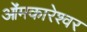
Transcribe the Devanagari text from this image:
ओंमकारेश्‍वर